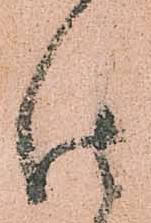
仕